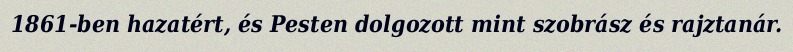
1861-ben hazatért, és Pesten dolgozott mint szobrász és rajztanár.